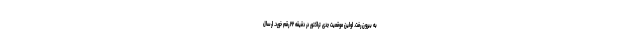
به بیرون رفت. اولین موقعیت جدی تراکتور در دقیقه ۲۲ رقم خورد. ارسال